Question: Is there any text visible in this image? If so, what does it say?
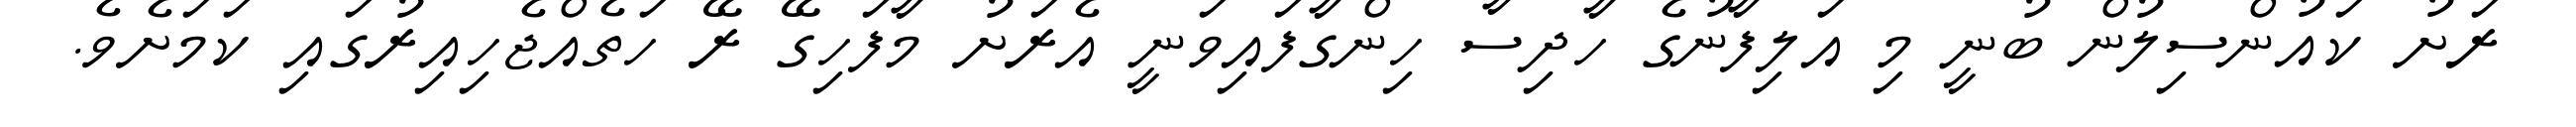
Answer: ރަށު ކައުންސިލުން ބުނީ މި އަލިފާނުގެ ހާދިސާ ހިންގާފައިވަނީ އެރަށު މާފަހިގޭ ރޭ ހަތެއްޖެހިއިރުގައި ކަމަށެވެ.